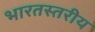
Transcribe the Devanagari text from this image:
भारतस्तरीय